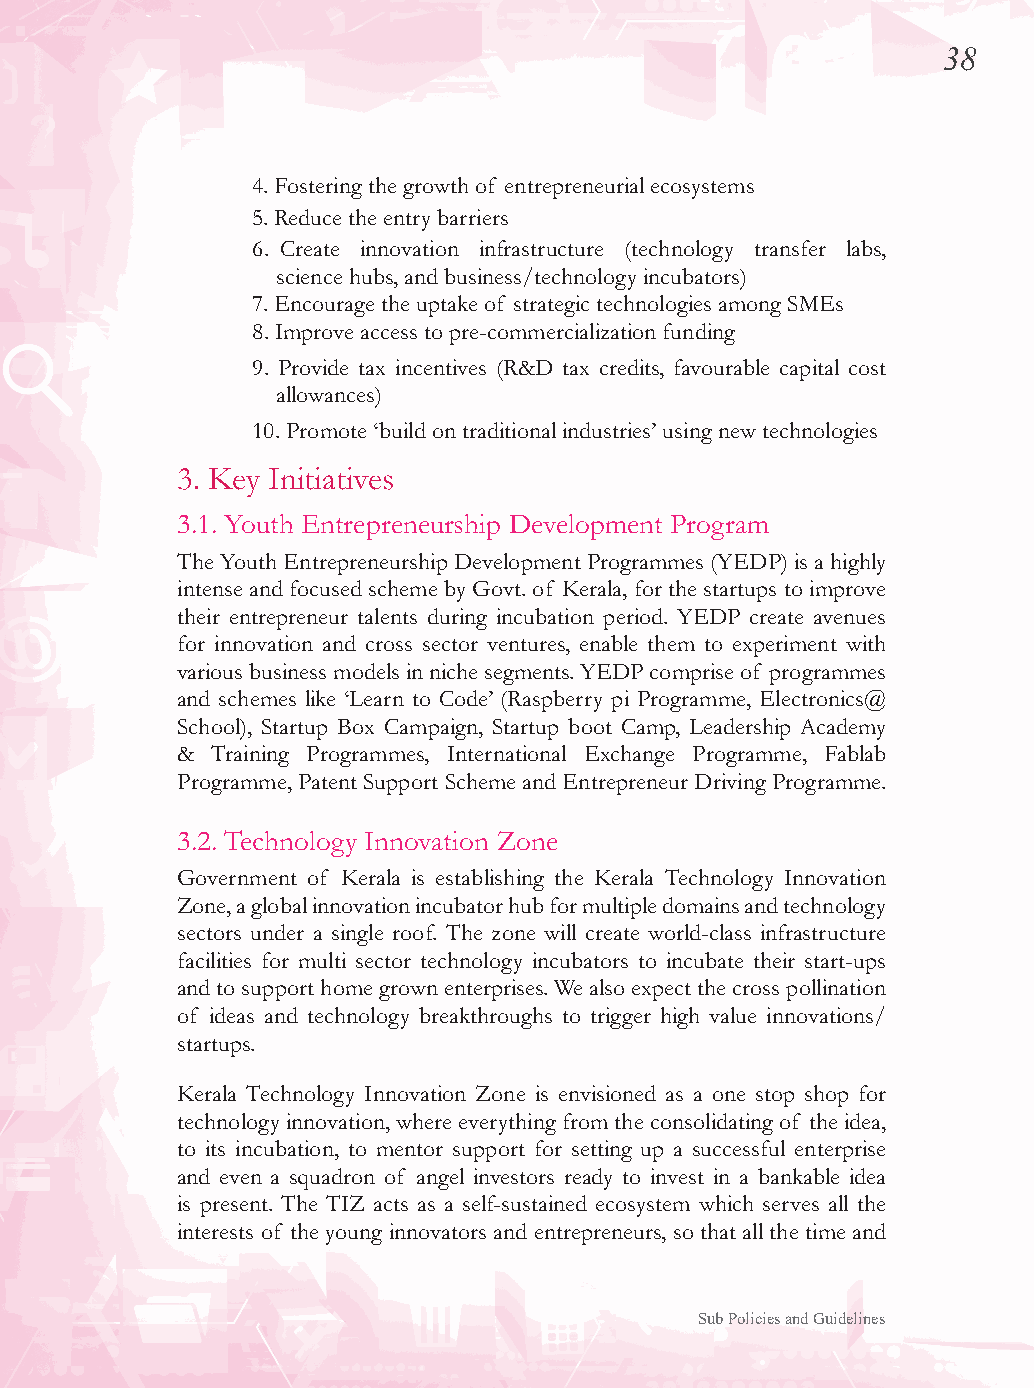
38
 4. Fostering the growth of entrepreneurial ecosystems
 5. Reduce the entry barriers
 6. Create innovation infrastructure (technology transfer labs,
 science hubs, and business/technology incubators)
 7. Encourage the uptake of strategic technologies among SMEs
 8. Improve access to pre-commercialization funding
 9. Provide tax incentives (R&D tax credits, favourable capital cost
 allowances)
 10. Promote ‘build on traditional industries’ using new technologies
 3. Key Initiatives
 3.1. Youth Entrepreneurship Development Program
 The Youth Entrepreneurship Development Programmes (YEDP) is a highly
 intense and focused scheme by Govt. of Kerala, for the startups to improve
 their entrepreneur talents during incubation period. YEDP create avenues
 for innovation and cross sector ventures, enable them to experiment with
 various business models in niche segments. YEDP comprise of programmes
 and schemes like ‘Learn to Code’ (Raspberry pi Programme, Electronics@
 School), Startup Box Campaign, Startup boot Camp, Leadership Academy
 & Training Programmes, International Exchange Programme, Fablab
 Programme, Patent Support Scheme and Entrepreneur Driving Programme.
 3.2. Technology Innovation Zone
 Government of Kerala is establishing the Kerala Technology Innovation
 Zone, a global innovation incubator hub for multiple domains and technology
 sectors under a single roof. The zone will create world-class infrastructure
 facilities for multi sector technology incubators to incubate their start-ups
 and to support home grown enterprises. We also expect the cross pollination
 of ideas and technology breakthroughs to trigger high value innovations/
 startups.
 Kerala Technology Innovation Zone is envisioned as a one stop shop for
 technology innovation, where everything from the consolidating of the idea,
 to its incubation, to mentor support for setting up a successful enterprise
 and even a squadron of angel investors ready to invest in a bankable idea
 is present. The TIZ acts as a self-sustained ecosystem which serves all the
 interests of the young innovators and entrepreneurs, so that all the time and
 Sub Policies and Guidelines